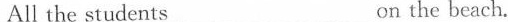
All the students ___ ___ on the beach.